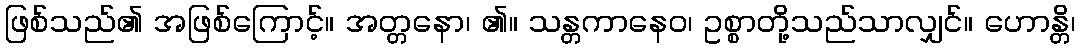
ဖြစ်သည်၏ အဖြစ်ကြောင့်။ အတ္တနော၊ ၏။ သန္တကာနေဝ၊ ဥစ္စာတို့သည်သာလျှင်။ ဟောန္တိ၊